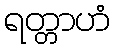
ရတ္တာဟံ